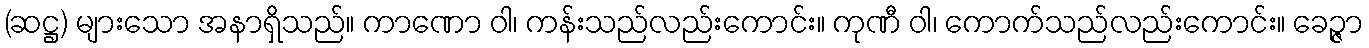
(ဆဋ္ဌ) များသော အနာရှိသည်။ ကာဏော ဝါ၊ ကန်းသည်လည်းကောင်း။ ကုဏီ ဝါ၊ ကောက်သည်လည်းကောင်း။ ခေဉ္ဇာ